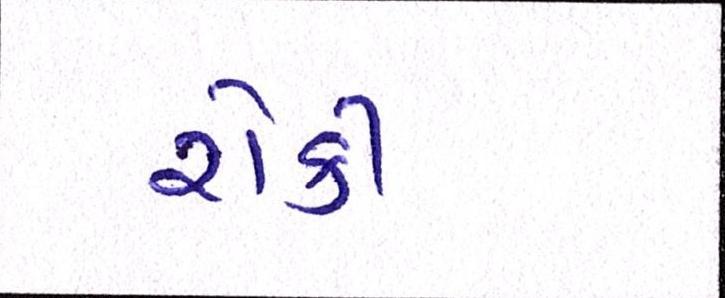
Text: રોકી